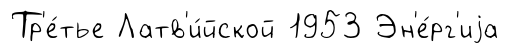
Тр'е́тье Латв'и́йской 1953 Эн'е́рг'иjа